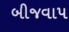
બીજવાપ